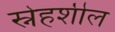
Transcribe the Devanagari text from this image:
स्नेहशील